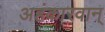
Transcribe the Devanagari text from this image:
अहंकारवान्